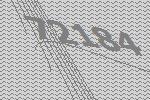
72184